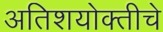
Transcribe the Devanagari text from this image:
अतिशयोक्तीचे